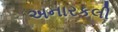
અનારકલી